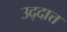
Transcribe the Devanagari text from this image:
उद्दात्त